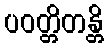
ပဝတ္တိတန္တိ